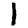
Digit: 1